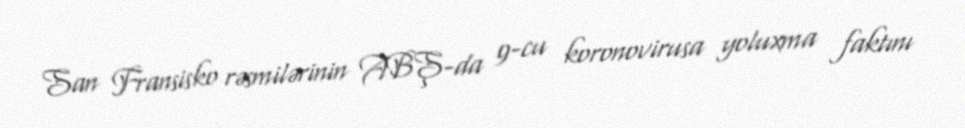
San Fransisko rəsmilərinin ABŞ-da 9-cu koronovirusa yoluxma faktını